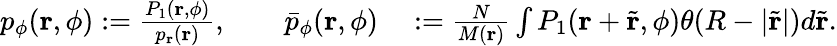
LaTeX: \begin{array}{rl}{p_{\phi}(\mathbf{r},\phi):=\frac{P_{1}(\mathbf{r},\phi)}{p_{\mathbf{r}}(\mathbf{r})},\qquad\bar{p}_{\phi}(\mathbf{r},\phi)}&{{}:=\frac{N}{M(\mathbf{r})}\int P_{1}(\mathbf{r}+\tilde{\mathbf{r}},\phi)\theta(R-|\tilde{\mathbf{r}}|)d\tilde{\mathbf{r}}.}\end{array}